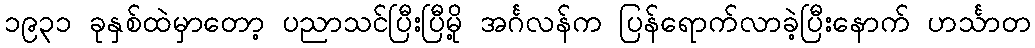
၁၉၃၁ ခုနှစ်ထဲမှာတော့ ပညာသင်ပြီးပြီမို့ အင်္ဂလန်က ပြန်ရောက်လာခဲ့ပြီးနောက် ဟင်္သာတ